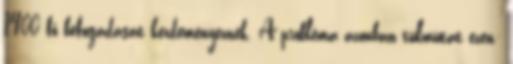
1400 fő befogadását kezdeményeznék. A probléma azonban túlmutat ezen: